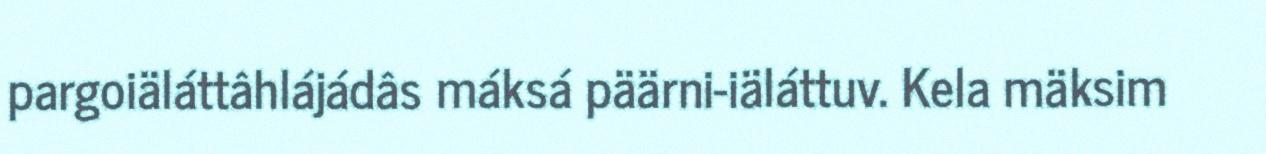
pargoiäláttâhlájádâs máksá päärni-iäláttuv. Kela mäksim